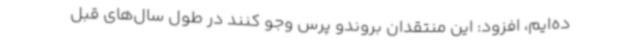
ده‌ایم، افزود: این منتقدان بروندو پرس وجو کنند در طول سال‌های قبل